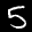
Label: 5